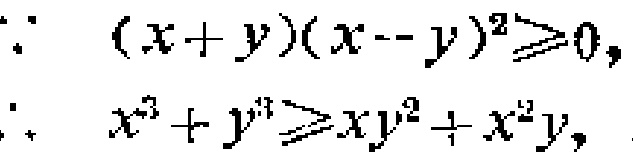
\[\begin{align*}

&\because (x + y)(x - y)^2\geqslant0,\\

&\therefore x^{3}+y^{3}\geqslant xy^{2}+x^{2}y,

\end{align*}\]